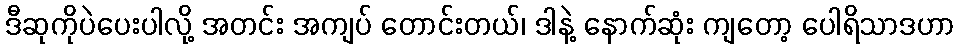
ဒီဆုကိုပဲပေးပါလို့ အတင်း အကျပ် တောင်းတယ်၊ ဒါနဲ့ နောက်ဆုံး ကျတော့ ပေါရိသာဒဟာ